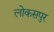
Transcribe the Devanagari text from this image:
लोकसपुर